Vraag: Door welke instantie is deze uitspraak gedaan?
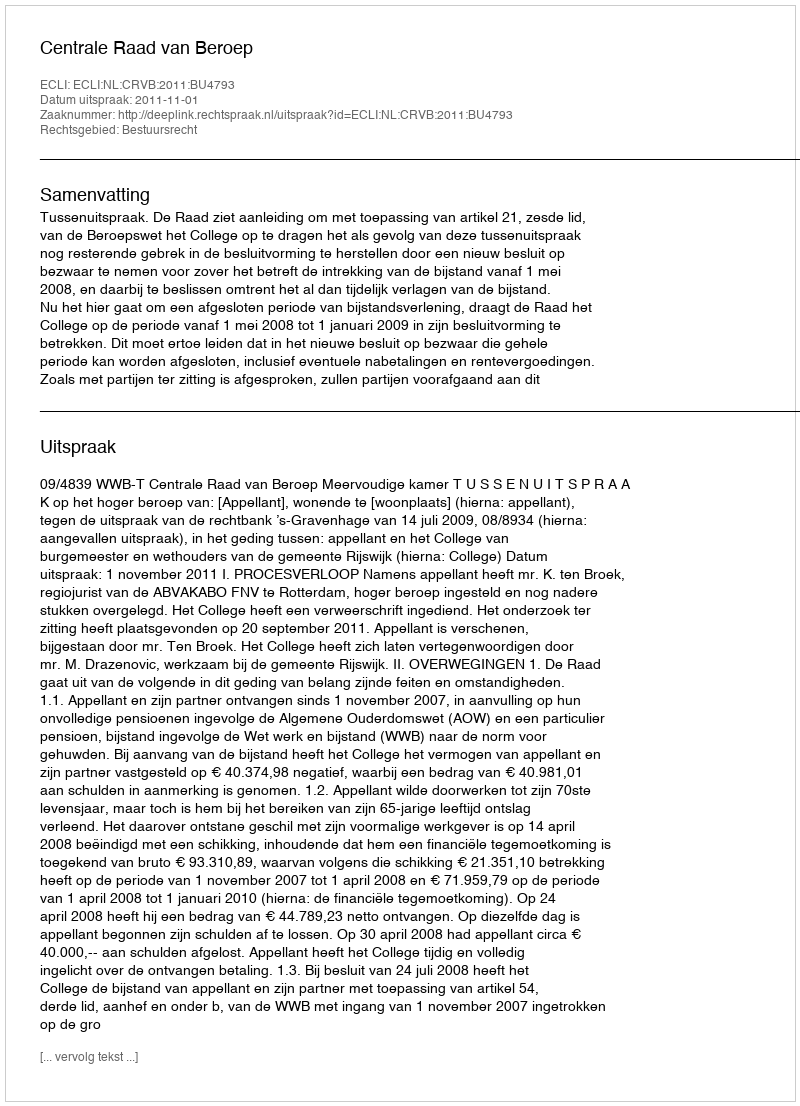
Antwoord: Centrale Raad van Beroep